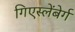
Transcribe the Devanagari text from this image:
गिएस्लेंबेर्ग